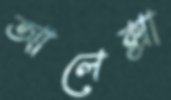
আলেক্সা